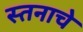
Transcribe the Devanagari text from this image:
स्तनाचे